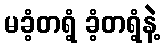
မခံ့တရံ့ ခံ့တရံ့နဲ့